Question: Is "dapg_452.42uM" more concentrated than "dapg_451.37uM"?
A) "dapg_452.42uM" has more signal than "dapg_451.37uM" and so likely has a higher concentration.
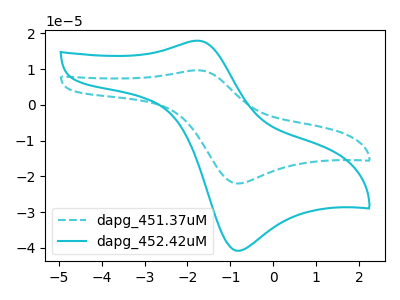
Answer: <think>The cyan dashed curve "dapg_451.37uM" has an anodic peak at (-1.75V, 9.70uA) and a cathodic peak at (-0.80V, -22.00uA). The cyan curve "dapg_452.42uM" has an anodic peak at (-1.75V, 17.95uA) and a cathodic peak at (-0.80V, -40.80uA).
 All the peaks in "dapg_452.42uM" have a peak in "dapg_451.37uM" at the same potential. Every peak in "dapg_452.42uM" is higher than every peak in "dapg_451.37uM".</think>
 <answer>A) "dapg_452.42uM" has more signal than "dapg_451.37uM" and so likely has a higher concentration.</answer>
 <eval>A</eval>